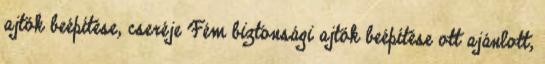
ajtók beépítése, cseréje Fém biztonsági ajtók beépítése ott ajánlott,